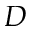
D